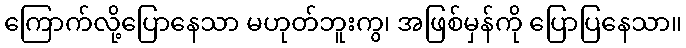
ကြောက်လို့ပြောနေသာ မဟုတ်ဘူးကွ၊ အဖြစ်မှန်ကို ပြောပြနေသာ။